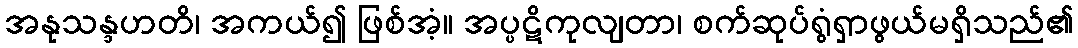
အနုသန္ဒဟတိ၊ အကယ်၍ ဖြစ်အံ့။ အပ္ပဋိကုလျတာ၊ စက်ဆုပ်ရွံရှာဖွယ်မရှိသည်၏